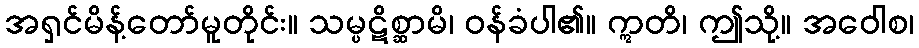
အရှင်မိန့်တော်မူတိုင်း။ သမ္ပဋိစ္ဆာမိ၊ ဝန်ခံပါ၏။ ဣတိ၊ ဤသို့။ အဝေါစ၊